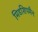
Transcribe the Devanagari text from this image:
मिडशिपमैन